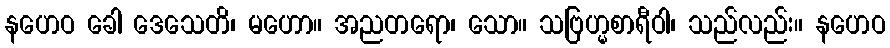
နဟေဝ ခေါ ဒေသေတိ၊ မဟော။ အညတရော၊ သော။ သဗြဟ္မစာရီဝါ၊ သည်လည်း။ နဟေဝ